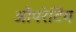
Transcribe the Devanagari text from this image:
औपरेटिंग